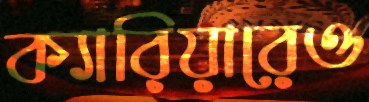
ক্যারিয়ারেও